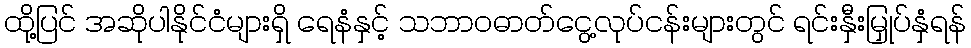
ထို့ပြင် အဆိုပါနိုင်ငံများရှိ ရေနံနှင့် သဘာဝဓာတ်ငွေ့လုပ်ငန်းများတွင် ရင်းနှီးမြှုပ်နှံရန်